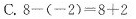
C.8-(-2)=8+2